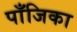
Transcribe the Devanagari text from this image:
पाँजिका